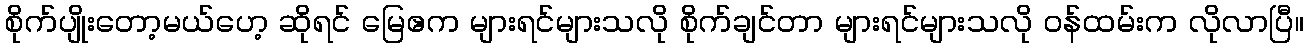
စိုက်ပျိုးတော့မယ်ဟေ့ ဆိုရင် မြေဧက များရင်များသလို စိုက်ချင်တာ များရင်များသလို ဝန်ထမ်းက လိုလာပြီ။